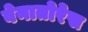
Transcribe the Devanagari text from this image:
वेनातोरेस